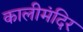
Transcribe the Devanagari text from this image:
कालीमंदिर